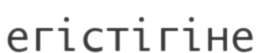
егістігіне